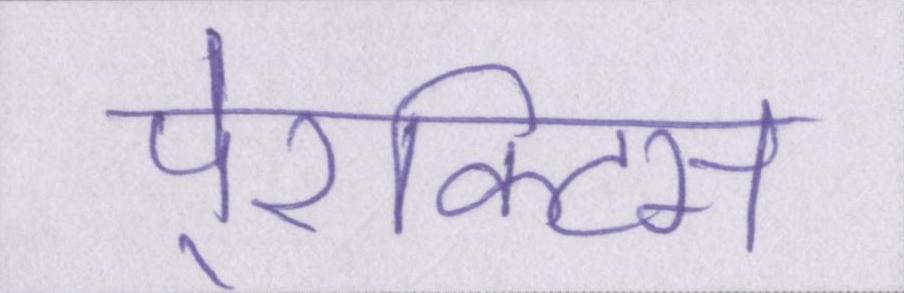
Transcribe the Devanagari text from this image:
पे्रक्टिस